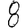
Digit: 8